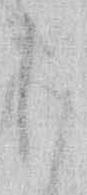
け